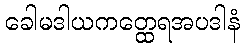
ခေါမဒါယကတ္ထေရအပဒါနံ